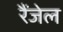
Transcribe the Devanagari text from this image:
रैंजेल